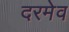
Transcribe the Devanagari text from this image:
दरमेव